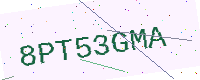
Text: 8PT53GMA